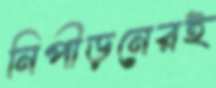
নিপীড়নেরই